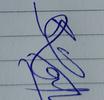
Signature authenticity: genuine